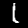
Label: 1